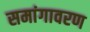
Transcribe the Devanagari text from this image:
समांगावरण